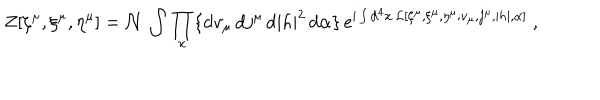
LaTeX: Z [ \zeta ^ { \mu } , \xi ^ { \mu } , \eta ^ { \mu } ] = { \cal N } \, \int \prod _ { x } \{ \mathrm { d } v _ { \mu } \, \mathrm { d } j ^ { \mu } \, \mathrm { d } | h | ^ { 2 } \, \mathrm { d } \alpha \} \, e ^ { \mathrm { i } \int \mathrm { d } ^ { 4 } x \, { \cal L } [ \zeta ^ { \mu } , \xi ^ { \mu } , \eta ^ { \mu } ; v _ { \mu } , j ^ { \mu } , | h | , \alpha ] } \ ,